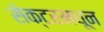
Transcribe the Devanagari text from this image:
सेक्टरमधून